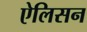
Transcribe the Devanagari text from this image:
ऐलिसन